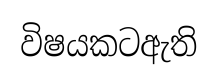
විෂයකටඇති